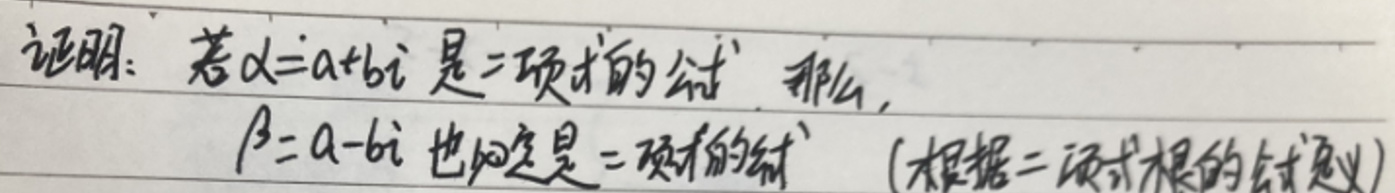
证明：若\(\alpha = a + bi\)是二项式的根，那么，\(\beta = a - bi\)也必定是二项式的根（根据二项式根的共轭性质）。